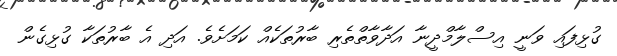
ގުޅިފައި ވަނީ އިސްލާމްދީނާ އަދާވާތްތެރި ބާރުތަކެއް ކަމަށެވެ. އަދި އެ ބާރުތަކާ ގުޅިގެން